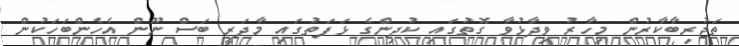
ތަޖުރިބާކާރުން މިހާރު ވިދާޅުވާ ގޮތުގައި ކުދިންގެ ޅަފަތުގައި މާދަރީ ބަސް ނޫން އެހެންބަހަކުން